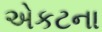
એકટના